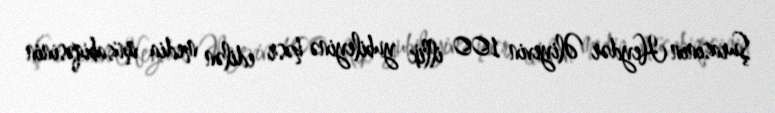
Şurasının Heydər Əliyevin 100 illik yubileyinə həsr edilən media müsabiqəsinin